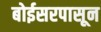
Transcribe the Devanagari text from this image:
बोईसरपासून